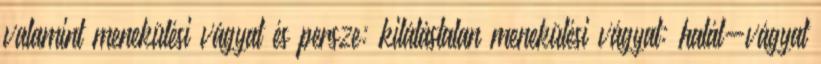
valamint menekülési vágyat és persze: kilátástalan menekülési vágyat: halál-vágyat